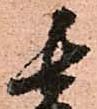
長